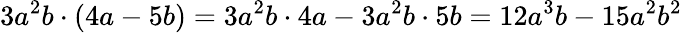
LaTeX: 3a^{2}b\cdot(4a-5b)=3a^{2}b\cdot 4a-3a^{2}b\cdot 5b=12a^{3}b-15a^{2}b^{2}